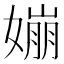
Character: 𡡈